Report on the working of the Ranchi Indian Mental Hospital, Kanke, in Bihar and Orissa - 1930-1940
Year: 1930
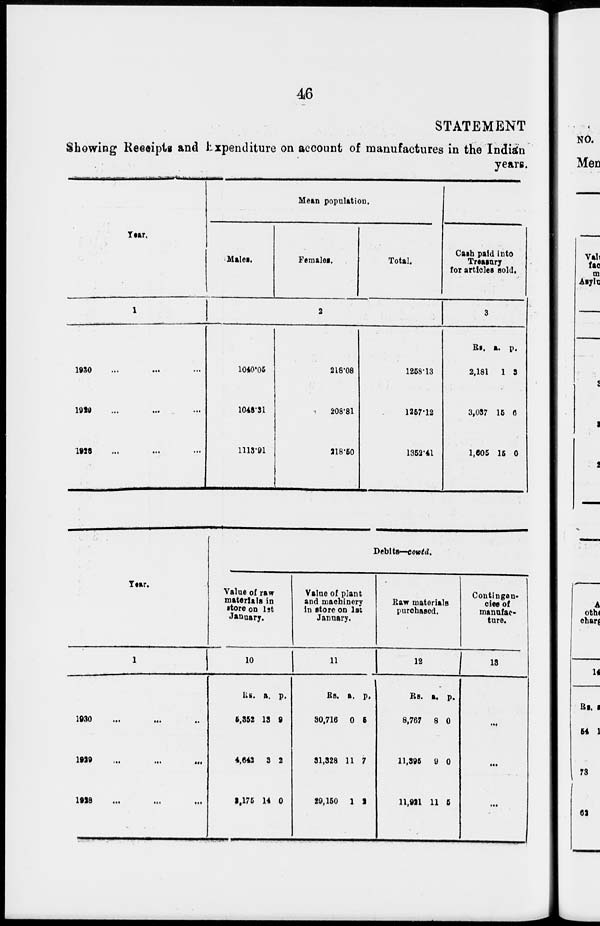
46
STATEMENT
Showing Receipts and Expenditure on account of manufactures in the Indian
years.
Year.
1
1930 ... ... ...
1929 ... ... ...
1928 ... ... ...
Mean population.
Males.
Females.
Total.
2
1040.05
1048.31
1113.91
218.08
208.81
218.60
1258.13
1257.12
1352.41
Cash paid into
Treasury
for articles sold.
3
Rs.
2,181
3,037
1,606
a.
1
15
15
p.
3
6
0
Year.
1930 ... ... ...
1929 ... ... ...
1928 ... ... ...
Debits—contd.
Value of raw
materials in
store on 1st
January.
10
Rs.
5,352
4,642
2,175
a.
13
3
14
p.
0
2
0
Value of plant
and machinery
in store on 1st
January.
11
Rs.
30,716
31,328
29,150
a.
0
11
1
p.
6
7
2
Raw materials
purchased.
1 2
Rs.
8,767
11,396
11,921
a.
8
9
11
p.
0
0
6
Contingent
cies of
manufac-
ture.
13
...
...
...